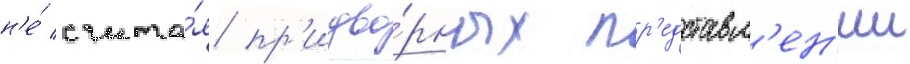
н'е́ счита́я пр'идво́рных пр'едставл'ен'ии